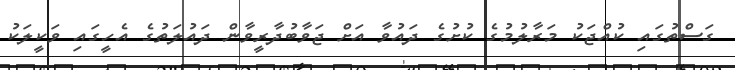
ގަސްތުގައި ކުއްޖަކު މަރާލުމުގެ ކުށުގެ ދައުވާ އަށް ޖަވާބުދާރީވާން ދައުލަތުގެ އެހީގައި ވަކީލަކު